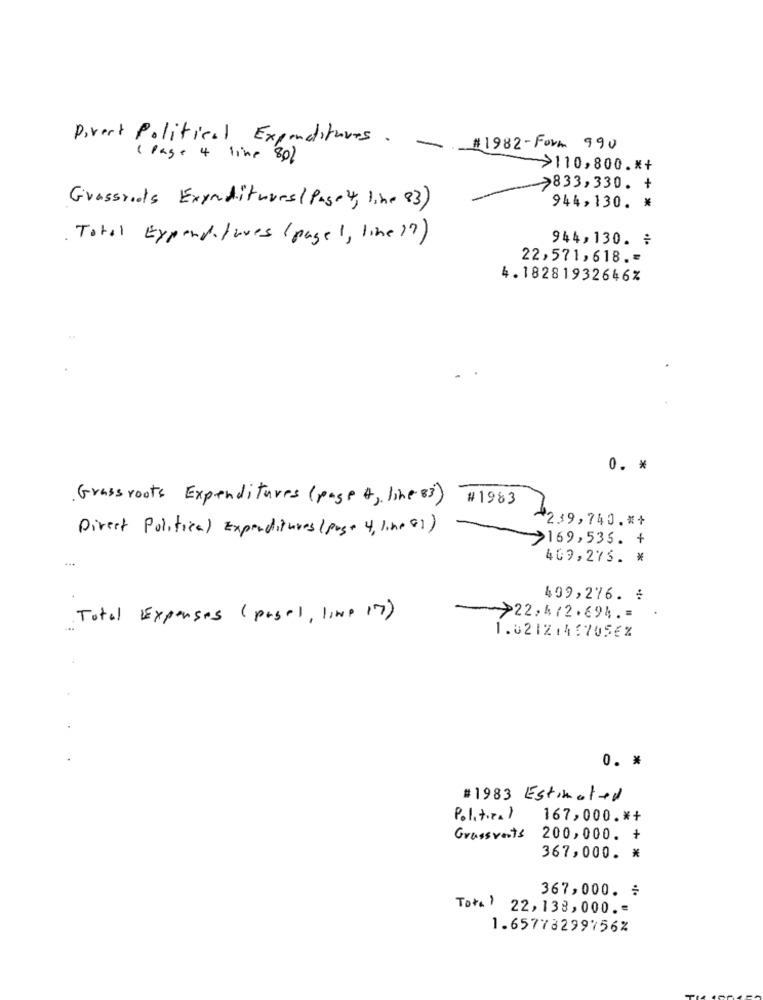
Direct Political Expenditures.
# 1982 -Form 990
( Page 4 line 80%
>110,800 .* +
>833,330. +
Grassroots Exynditures( Page 4, line 83)
944,130. *
Total Expenditures ( page 1, line ?? )
944,130. *
22,571, 618 .=
4.18281932646%
0. *
Grass roots Expenditures (page A, line 83)
#1983
239,740 .* +
Direct Political Expenditures( pas+ 4, line 81)
>169,535. +
409,275. *
499,276. *
Total Expenses ( pasel, line 17)
->22, 4 12 .694. =
1.02121457056%
0. *
#1983 Estimated
Political
167,000 .* +
Grassvents
200,000. +
367,000. *
367,000. *
Tota ) 22, 138,000. -
1.65778299756%